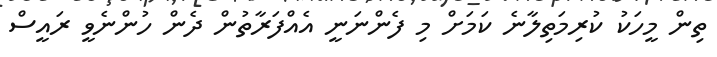
ތިން މީހަކު ކުރިމަތިލާނެ ކަމަށް މި ފެންނަނީ އެއްފަރާތުން ދެން ހުންނެވީ ރައީސް